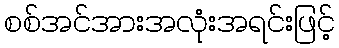
စစ်အင်အားအလုံးအရင်းဖြင့်